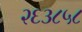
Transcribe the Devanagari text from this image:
२६३८५८